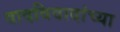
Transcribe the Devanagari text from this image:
वादविवादांच्या